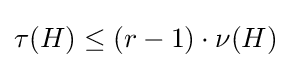
\tau (H)\leq (r-1)\cdot \nu (H)